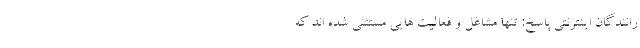
رانندگان اینترنتی پاسخ: تنها مشاغل و فعالیت هایی مستثنی شده اند که